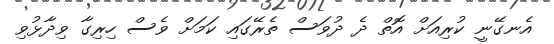
އެނގޭނީ ކުރިއަށް އޮތް ދެ ދުވަސް ތެރޭގައި ކަމަށް ވެސް ހިރިގާ ވިދާޅުވި